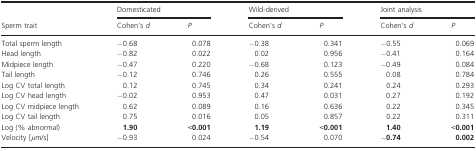
| <ROWSPAN=2> Sperm trait | <COLSPAN=2> Domesticated | <COLSPAN=2> Wild‐derived | <COLSPAN=2> Joint analysis |
 | Cohen's d | P | Cohen's d | P | Cohen's d | P |
 | --- | --- | --- | --- | --- | --- | --- |
 | Total sperm length | −0.68 | 0.078 | −0.38 | 0.341 | −0.55 | 0.069 |
 | Head length | −0.82 | 0.022 | 0.02 | 0.956 | −0.41 | 0.164 |
 | Midpiece length | −0.47 | 0.220 | −0.68 | 0.123 | −0.49 | 0.084 |
 | Tail length | −0.12 | 0.746 | 0.26 | 0.555 | 0.08 | 0.784 |
 | Log CV total length | 0.12 | 0.745 | 0.34 | 0.241 | 0.24 | 0.293 |
 | Log CV head length | −0.02 | 0.953 | 0.47 | 0.031 | 0.27 | 0.192 |
 | Log CV midpiece length | 0.62 | 0.089 | 0.16 | 0.636 | 0.22 | 0.345 |
 | Log CV tail length | 0.75 | 0.016 | 0.05 | 0.857 | 0.22 | 0.311 |
 | Log (% abnormal) | 1.90 | <0.001 | 1.19 | <0.001 | 1.40 | <0.001 |
 | Velocity [μm/s] | −0.93 | 0.024 | −0.54 | 0.070 | −0.74 | 0.002 |